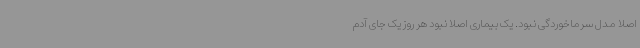
اصلاً مدل سرماخوردگی نبود. یک بیماری اصلاً نبود هر روز یک جای آدم